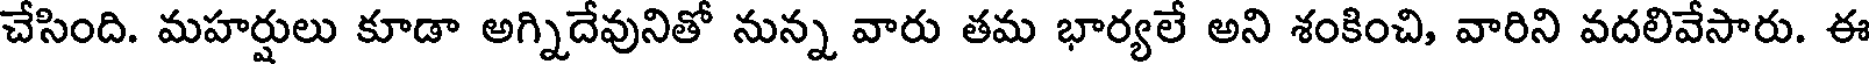
చేసింది. మహర్షులు కూడా అగ్నిదేవునితో నున్న వారు తమ భార్యలే అని శంకించి, వారిని వదలివేసారు. ఈ